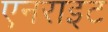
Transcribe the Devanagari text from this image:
एनराइट